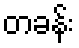
တခန်း